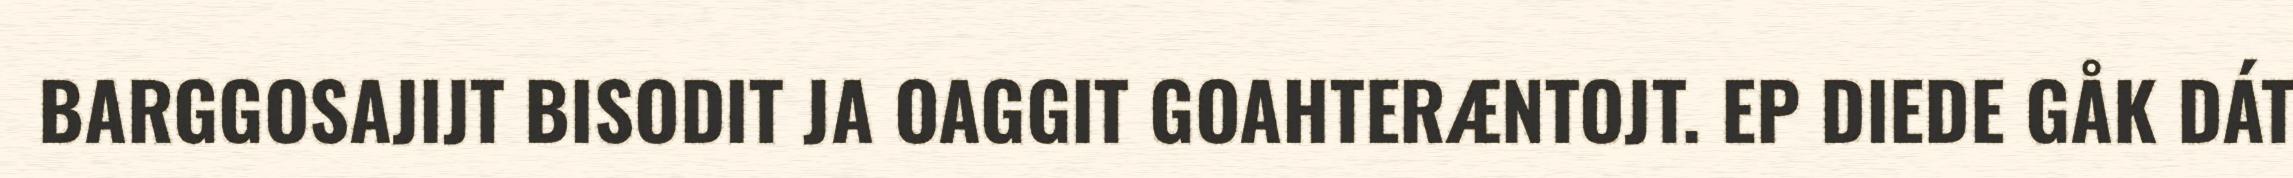
BARGGOSAJIJT BISODIT JA OAGGIT GOAHTERÆNTOJT. EP DIEDE GÅK DÁT